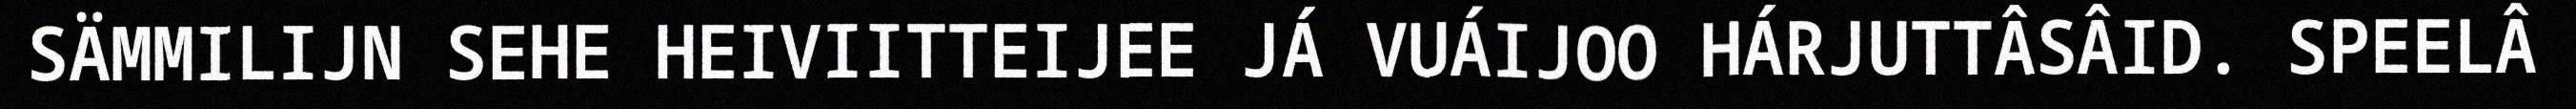
SÄMMILIJN SEHE HEIVIITTEIJEE JÁ VUÁIJOO HÁRJUTTÂSÂID. SPEELÂ